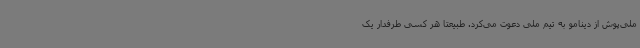
ملی‌پوش از دینامو به تیم ملی دعوت می‌کرد. طبیعتا هر کسی طرفدار یک